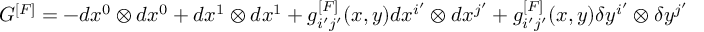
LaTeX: G ^ { [ F ] } = - d x ^ { 0 } \otimes d x ^ { 0 } + d x ^ { 1 } \otimes d x ^ { 1 } + g _ { i ^ { \prime } j ^ { \prime } } ^ { [ F ] } ( x , y ) d x ^ { i ^ { \prime } } \otimes d x ^ { j ^ { \prime } } + g _ { i ^ { \prime } j ^ { \prime } } ^ { [ F ] } ( x , y ) \delta y ^ { i ^ { \prime } } \otimes \delta y ^ { j ^ { \prime } }